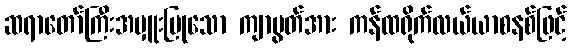
ဆရာတော်ကြီးအမှူးပြုသော ကျာပွတ်အား ကန်ထရိုက်လယ်ယာစနစ်ဖြင့်